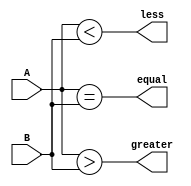
module comparator(
    input [3:0] A,
    input [3:0] B,
    output equal,
    output greater,
    output less
);

assign equal = (A == B);
assign greater = (A > B);
assign less = (A < B);

endmodule